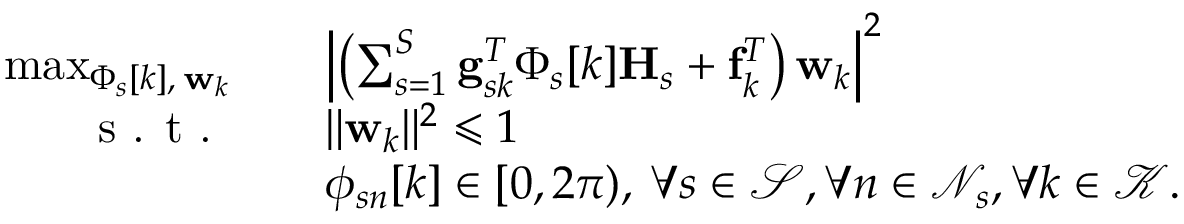
\begin{array} { r l } { \operatorname* { m a x } _ { \boldsymbol { \Phi } _ { s } [ k ] , \: \mathbf { w } _ { k } } \quad } & { \left| \left( \sum _ { s = 1 } ^ { S } \mathbf { g } _ { s k } ^ { T } \boldsymbol { \Phi } _ { s } [ k ] \mathbf { H } _ { s } + \mathbf { f } _ { k } ^ { T } \right) \mathbf { w } _ { k } \right| ^ { 2 } } \\ { \textrm { s . t . } \quad } & { \| \mathbf { w } _ { k } \| ^ { 2 } \leqslant 1 } \\ { \quad } & { \phi _ { s n } [ k ] \in [ 0 , 2 \pi ) , \: \forall s \in \mathcal { S } , \forall n \in \mathcal { N } _ { s } , \forall k \in \mathcal { K } . } \end{array}